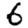
Digit: 6